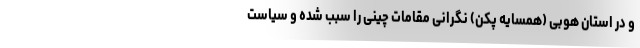
و در استان هوبی (همسایه پکن) نگرانی مقامات چینی را سبب شده و سیاست